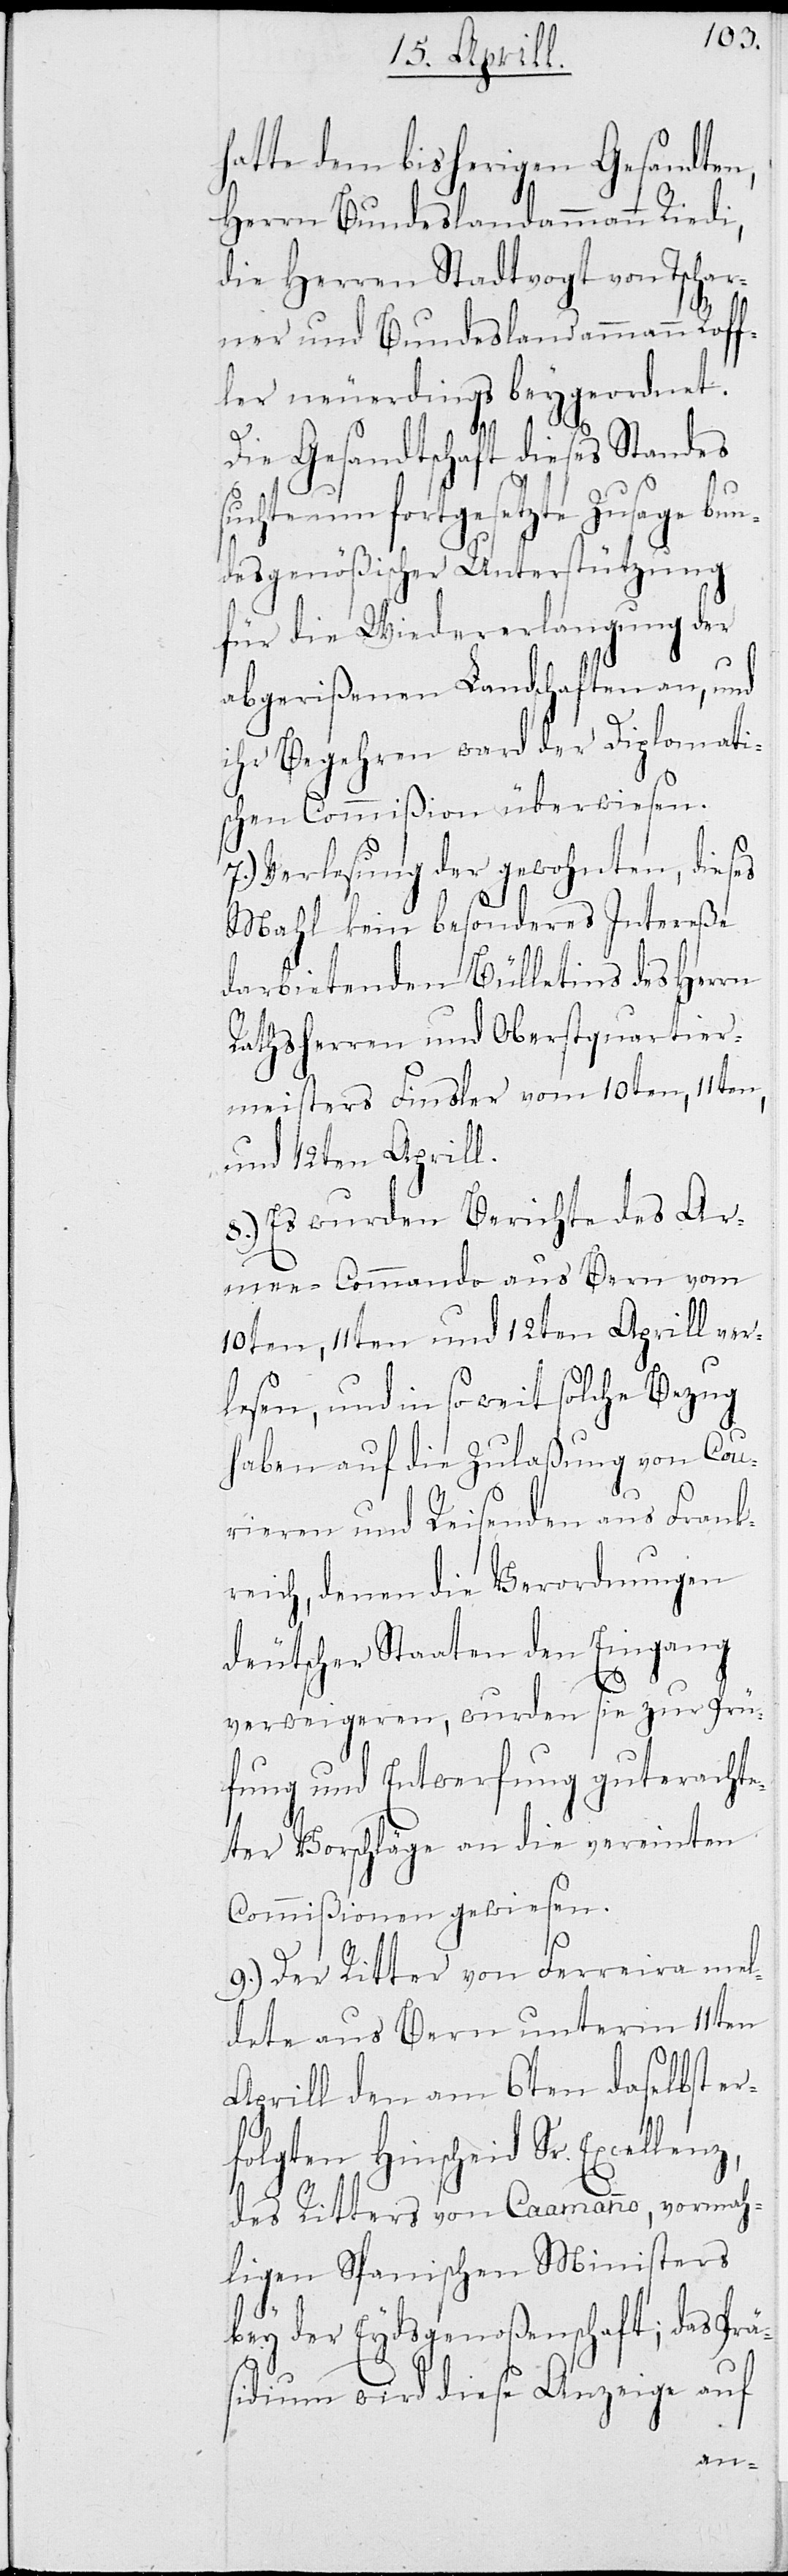
hatte dem bisherigen Gesandten,
Herrn Bundeslandammann Riedi,
die Herren Stadtvogt von Tschar¬
ner und Bundeslandammann Roff¬
ler neuerdings beygeordnet.
Die Gesandtschaft dieses Standes
suchte um fortgesetzte Zusage bu¬
ndesgenößischer Unterstützung
für die Wiedererlangung der
abgerißenen Landschaften, und
ihr Begehren ward der Diplomati¬
schen Commißion überwiesen.
7.) Verlesung der gewohnten, dieses
Mahl kein besonderes Intereße
darbietenden Bülletins des Herrn
Rathsherrn und Oberstquartier¬
meister Finsler vom 10ten, 11ten
und 12ten Aprill.
8.) Es wurden Berichte des Ar¬
mee-Commando aus Bern vom
10ten, 11ten und 12ten Aprill ver¬
lesen, und in so weit solche Bezug
haben auf die Zulaßung von Cou¬
rieren und Reisenden aus Frank¬
reich, denen die Verordnungen
deutscher Staaten den Eingang
verweigeren, wurden sie zur Prü¬
fung und Entwerfung guterachte¬
ter Vorschläge an die vereinten
Commißionen gewiesen.
9.) Der Ritter von Ferreira mel¬
dete aus Bern unterm 11ten
Aprill den am 6ten daselbst er¬
folgten Hinscheid Sr. Excellenz,
des Ritters von Caamanno, vormah¬
ligen Spanischen Ministers
bey der Eydsgenoßenschaft; das Prä¬
sidium wird diese Anzeige auf